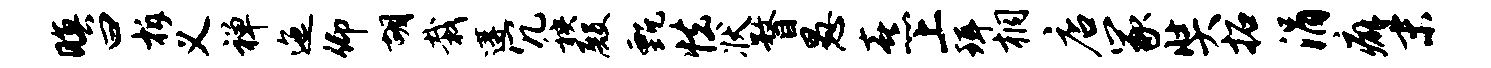
暝曰柝义禅迤仰胡栽遘冗秧殿甄怯状瞀愚熹上珥桐店冢奘拓涓癖末